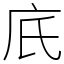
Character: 㡳